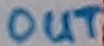
Text: OUT